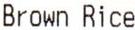
BROWN RICE